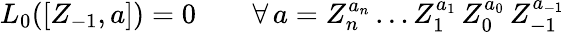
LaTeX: L_{0}([Z_{-1},a])=0\qquad\forall\, a=Z_{n}^{a_{n}}\ldots Z_{1}^{a_{1}}\, Z_{0}^{a_{0}}\, Z_{-1}^{a_{-1}}